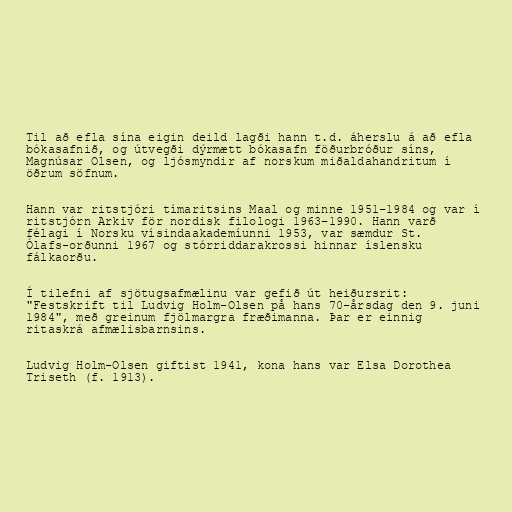
Til að efla sína eigin deild lagði hann t.d. áherslu á að efla
bókasafnið, og útvegði dýrmætt bókasafn föðurbróður síns,
Magnúsar Olsen, og ljósmyndir af norskum miðaldahandritum í
öðrum söfnum.

Hann var ritstjóri tímaritsins Maal og minne 1951–1984 og var í
ritstjórn Arkiv för nordisk filologi 1963–1990. Hann varð
félagi í Norsku vísindaakademíunni 1953, var sæmdur St.
Ólafs-orðunni 1967 og stórriddarakrossi hinnar íslensku
fálkaorðu.

Í tilefni af sjötugsafmælinu var gefið út heiðursrit:
"Festskrift til Ludvig Holm-Olsen på hans 70-årsdag den 9. juni
1984", með greinum fjölmargra fræðimanna. Þar er einnig
ritaskrá afmælisbarnsins.

Ludvig Holm-Olsen giftist 1941, kona hans var Elsa Dorothea
Triseth (f. 1913).